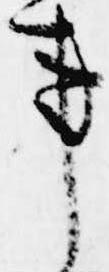
事